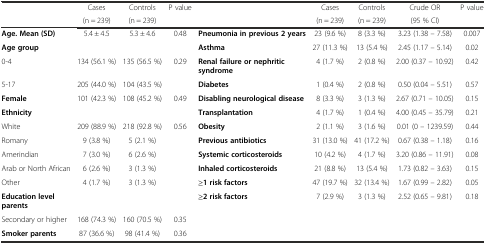
<table><thead><tr><td rowspan="2"></td><td><b>Cases</b></td><td><b>Controls</b></td><td rowspan="2"><b>P value</b></td><td rowspan="2"></td><td><b>Cases</b></td><td><b>Controls</b></td><td><b>Crude OR</b></td><td rowspan="2"><b>P value</b></td></tr><tr><td><b>(n = 239)</b></td><td><b>(n = 239)</b></td><td><b>(n = 239)</b></td><td><b>(n = 239)</b></td><td><b>(95 % CI)</b></td></tr></thead><tbody><tr><td><b>Age. Mean (SD)</b></td><td>5.4 ± 4.5</td><td>5.3 ± 4.6</td><td>0.48</td><td><b>Pneumonia in previous 2 years</b></td><td>23 (9.6 %)</td><td>8 (3.3 %)</td><td>3.23 (1.38 – 7.58)</td><td>0.007</td></tr><tr><td><b>Age group</b></td><td></td><td></td><td></td><td><b>Asthma</b></td><td>27 (11.3 %)</td><td>13 (5.4 %)</td><td>2.45 (1.17 – 5.14)</td><td>0.02</td></tr><tr><td>0-4</td><td>134 (56.1 %)</td><td>135 (56.5 %)</td><td>0.29</td><td><b>Renal failure or nephritic syndrome</b></td><td>4 (1.7 %)</td><td>2 (0.8 %)</td><td>2.00 (0.37 – 10.92)</td><td>0.42</td></tr><tr><td>5-17</td><td>205 (44.0 %)</td><td>104 (43.5 %)</td><td></td><td><b>Diabetes</b></td><td>1 (0.4 %)</td><td>2 (0.8 %)</td><td>0.50 (0.04 – 5.51)</td><td>0.57</td></tr><tr><td><b>Female</b></td><td>101 (42.3 %)</td><td>108 (45.2 %)</td><td>0.49</td><td><b>Disabling neurological disease</b></td><td>8 (3.3 %)</td><td>3 (1.3 %)</td><td>2.67 (0.71 – 10.05)</td><td>0.15</td></tr><tr><td><b>Ethnicity</b></td><td></td><td></td><td></td><td><b>Transplantation</b></td><td>4 (1.7 %)</td><td>1 (0.4 %)</td><td>4.00 (0.45 – 35.79)</td><td>0.21</td></tr><tr><td>White</td><td>209 (88.9 %)</td><td>218 (92.8 %)</td><td>0.56</td><td><b>Obesity</b></td><td>2 (1.1 %)</td><td>3 (1.6 %)</td><td>0.01 (0 – 1239.59)</td><td>0.44</td></tr><tr><td>Romany</td><td>9 (3.8 %)</td><td>5 (2.1 %)</td><td></td><td><b>Previous antibiotics</b></td><td>31 (13.0 %)</td><td>41 (17.2 %)</td><td>0.67 (0.38 – 1.18)</td><td>0.16</td></tr><tr><td>Amerindian</td><td>7 (3.0 %)</td><td>6 (2.6 %)</td><td></td><td><b>Systemic corticosteroids</b></td><td>10 (4.2 %)</td><td>4 (1.7 %)</td><td>3.20 (0.86 – 11.91)</td><td>0.08</td></tr><tr><td>Arab or North African</td><td>6 (2.6 %)</td><td>3 (1.3 %)</td><td></td><td><b>Inhaled corticosteroids</b></td><td>21 (8.8 %)</td><td>13 (5.4 %)</td><td>1.73 (0.82 – 3.63)</td><td>0.15</td></tr><tr><td>Other</td><td>4 (1.7 %)</td><td>3 (1.3 %)</td><td></td><td><b>≥1 risk factors</b></td><td>47 (19.7 %)</td><td>32 (13.4 %)</td><td>1.67 (0.99 – 2.82)</td><td>0.05</td></tr><tr><td><b>Education level parents</b></td><td></td><td></td><td></td><td><b>≥2 risk factors</b></td><td>7 (2.9 %)</td><td>3 (1.3 %)</td><td>2.52 (0.65 – 9.81)</td><td>0.18</td></tr><tr><td>Secondary or higher</td><td>168 (74.3 %)</td><td>160 (70.5 %)</td><td>0.35</td><td colspan="5"></td></tr><tr><td><b>Smoker parents</b></td><td>87 (36.6 %)</td><td>98 (41.4 %)</td><td>0.36</td><td colspan="5"></td></tr></tbody></table>